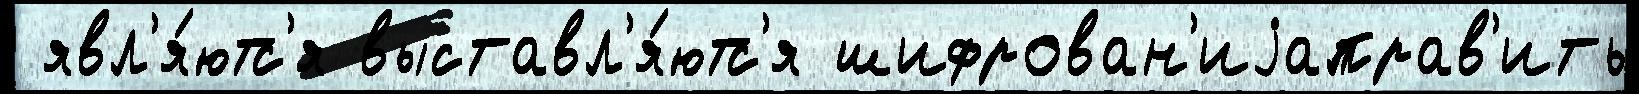
 явл'я́ютс'я выставл'я́ютс'я шифрован'иjаправ'ить